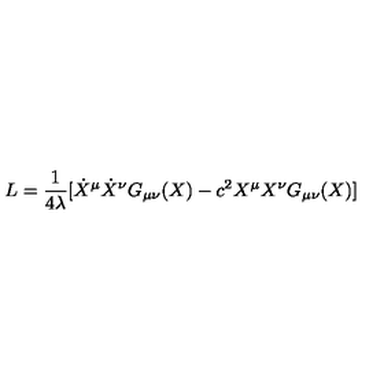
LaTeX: L = { \frac { 1 } { 4 { \lambda } } } [ { \dot { X } ^ { \mu } } { \dot { X } ^ { \nu } } G _ { \mu \nu } ( X ) - c ^ { 2 } { X ^ { \mu } } { X ^ { \nu } } G _ { \mu \nu } ( X ) ]